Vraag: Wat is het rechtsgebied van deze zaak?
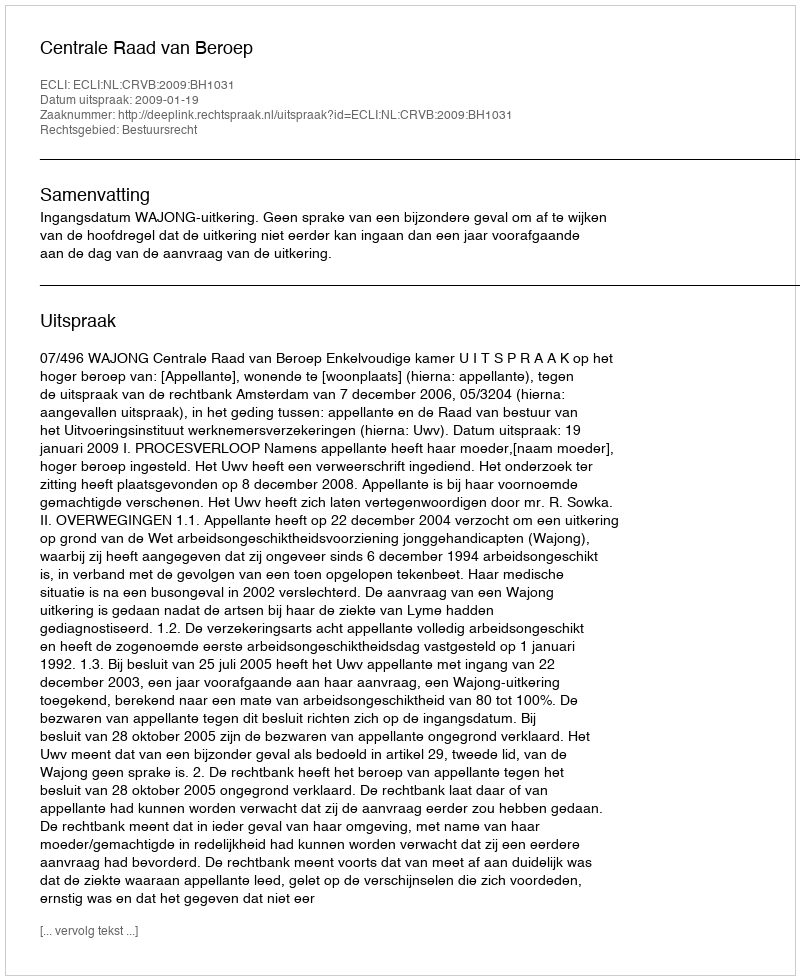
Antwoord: Bestuursrecht